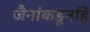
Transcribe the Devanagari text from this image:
जैनांकडूनहि